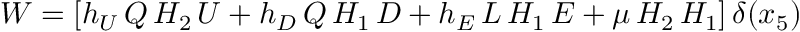
W = \left[ h _ { U } \, Q \, H _ { 2 } \, U + h _ { D } \, Q \, H _ { 1 } \, D + h _ { E } \, L \, H _ { 1 } \, E + \mu \, H _ { 2 } \, H _ { 1 } \right] \delta ( x _ { 5 } )